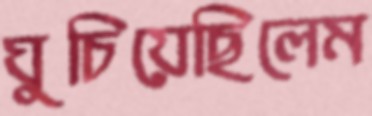
ঘুচিয়েছিলেম